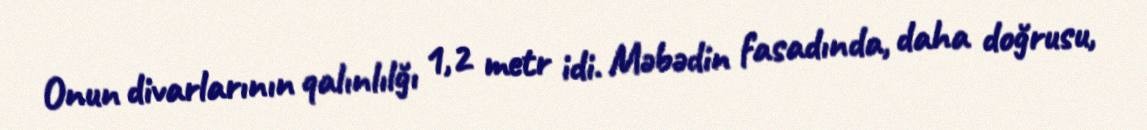
Onun divarlarının qalınlılğı 1,2 metr idi. Məbədin fasadında, daha doğrusu,